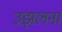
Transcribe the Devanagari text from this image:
उझलना